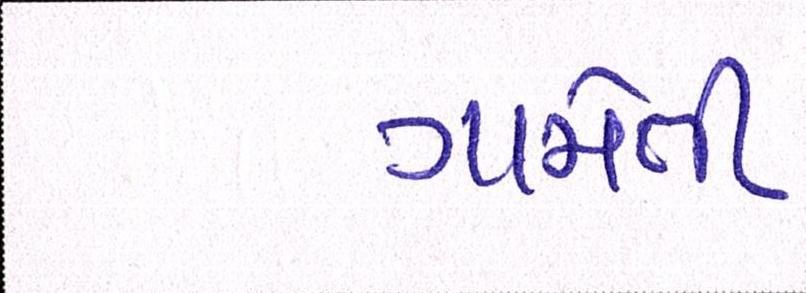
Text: ગામેતી